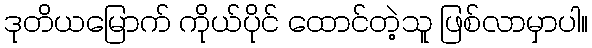
ဒုတိယမြောက် ကိုယ်ပိုင် ထောင်တဲ့သူ ဖြစ်လာမှာပါ။